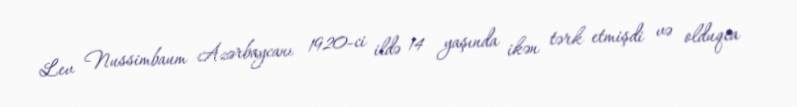
Lev Nussimbaum Azərbaycanı 1920-ci ildə 14 yaşında ikən tərk etmişdi və olduqca